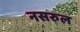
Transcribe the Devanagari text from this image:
नसरुल